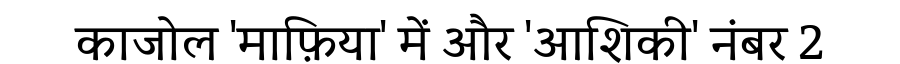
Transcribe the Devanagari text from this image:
काजोल 'माफ़िया' में और 'आशिकी' नंबर 2